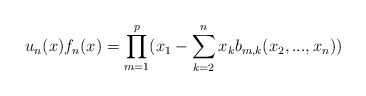
\begin{align*}u_n(x) f_n(x)=\prod_{m=1}^p(x_1-\sum_{k=2}^nx_kb_{m,k}(x_2,...,x_n))\end{align*}